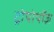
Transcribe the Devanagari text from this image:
ट्रोपोपॉज़